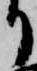
り